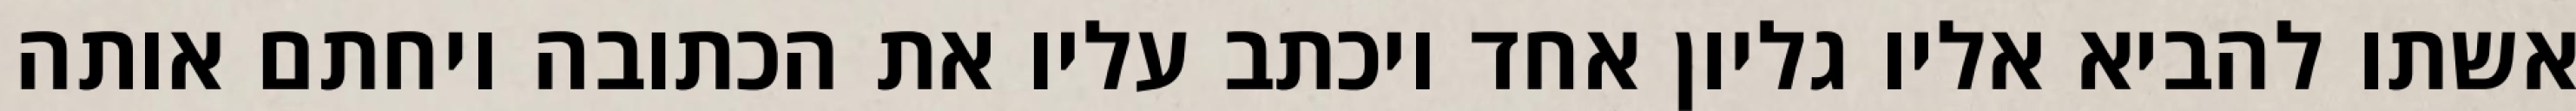
אשתו להביא אליו גליון אחד ויכתב עליו את הכתובה ויחתם אותה